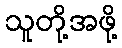
သူတို့အဖို့